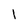
Character: l